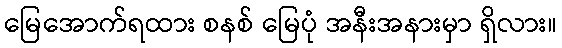
မြေအောက်ရထား စနစ် မြေပုံ အနီးအနားမှာ ရှိလား။